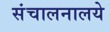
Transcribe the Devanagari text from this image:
संचालनालये